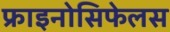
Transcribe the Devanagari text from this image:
फ्राइनोसिफेलस